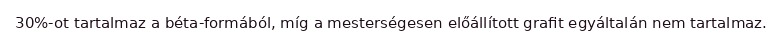
30%-ot tartalmaz a béta-formából, míg a mesterségesen előállított grafit egyáltalán nem tartalmaz.